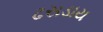
ઢસડાય